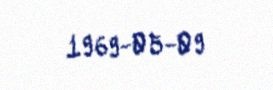
1969-05-09